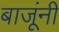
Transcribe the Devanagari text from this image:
बाजूंनीं